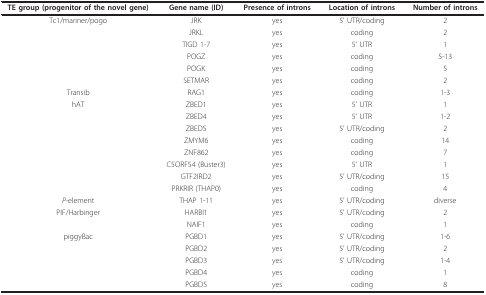
<table><thead><tr><td><b>TE group (progenitor of the novel gene)</b></td><td><b>Gene name (ID)</b></td><td><b>Presence of introns</b></td><td><b>Location of introns</b></td><td><b>Number of introns</b></td></tr></thead><tbody><tr><td>Tc1/mariner/pogo</td><td>JRK</td><td>yes</td><td>5&#x27; UTR/coding</td><td>2</td></tr><tr><td></td><td>JRKL</td><td>yes</td><td>coding</td><td>2</td></tr><tr><td></td><td>TIGD 1-7</td><td>yes</td><td>5&#x27; UTR</td><td>1</td></tr><tr><td></td><td>POGZ</td><td>yes</td><td>coding</td><td>5-13</td></tr><tr><td></td><td>POGK</td><td>yes</td><td>coding</td><td>5</td></tr><tr><td></td><td>SETMAR</td><td>yes</td><td>coding</td><td>2</td></tr><tr><td>Transib</td><td>RAG1</td><td>yes</td><td>coding</td><td>1-3</td></tr><tr><td>hAT</td><td>ZBED1</td><td>yes</td><td>5&#x27; UTR</td><td>1</td></tr><tr><td></td><td>ZBED4</td><td>yes</td><td>5&#x27; UTR</td><td>1-2</td></tr><tr><td></td><td>ZBED5</td><td>yes</td><td>5&#x27; UTR/coding</td><td>2</td></tr><tr><td></td><td>ZMYM6</td><td>yes</td><td>coding</td><td>14</td></tr><tr><td></td><td>ZNF862</td><td>yes</td><td>coding</td><td>7</td></tr><tr><td></td><td>C5ORF54 (Buster3)</td><td>yes</td><td>5&#x27; UTR</td><td>1</td></tr><tr><td></td><td>GTF2IRD2</td><td>yes</td><td>5&#x27; UTR/coding</td><td>15</td></tr><tr><td></td><td>PRKRIR (THAP0)</td><td>yes</td><td>coding</td><td>4</td></tr><tr><td><i>P</i>-element</td><td>THAP 1-11</td><td>yes</td><td>5&#x27; UTR/coding</td><td>diverse</td></tr><tr><td>PIF/Harbinger</td><td>HARBI1</td><td>yes</td><td>5&#x27; UTR/coding</td><td>2</td></tr><tr><td></td><td>NAIF1</td><td>yes</td><td>coding</td><td>1</td></tr><tr><td>piggyBac</td><td>PGBD1</td><td>yes</td><td>5&#x27; UTR/coding</td><td>1-6</td></tr><tr><td></td><td>PGBD2</td><td>yes</td><td>5&#x27; UTR/coding</td><td>2</td></tr><tr><td></td><td>PGBD3</td><td>yes</td><td>5&#x27; UTR/coding</td><td>1-4</td></tr><tr><td></td><td>PGBD4</td><td>yes</td><td>coding</td><td>1</td></tr><tr><td></td><td>PGBD5</td><td>yes</td><td>coding</td><td>8</td></tr></tbody></table>